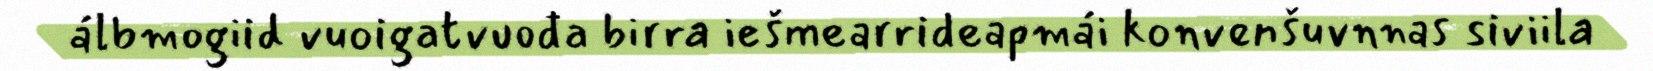
álbmogiid vuoigatvuođa birra iešmearrideapmái konvenšuvnnas siviila